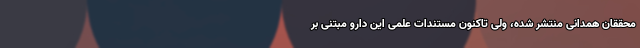
محققان همدانی منتشر شده، ولی تاکنون مستندات علمی این دارو مبتنی بر